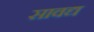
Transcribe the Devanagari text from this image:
सावद्य